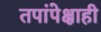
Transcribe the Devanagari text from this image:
तपांपेक्षाही